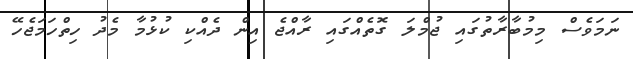
ނަމަވެސް މިމުބާރާތުގައި ޖުމްލަ ގޮތެއްގައި ރާއްޖެ އިން ދެއްކި ކުޅުމާ މެދު ހިތްހަމަޖެހޭ